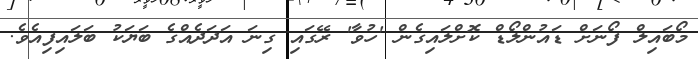
މޯބައިލް ފޯނަށް ޑަައުންލޯޑް ކޮށްލައިގެން 'ހުވާ' ރޭގައި ގިނަ އަދަދެއްގެ ބަޔަކު ބަލައިފިއެވެ.